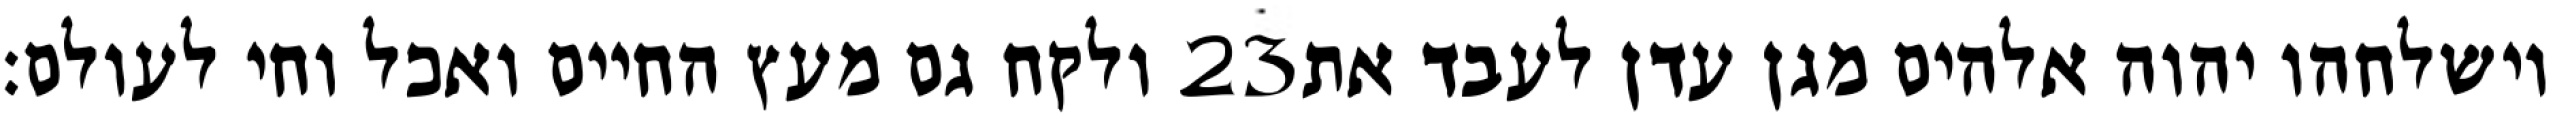
ולקח גם מעץ החיים ואכל וחי לעולם׃ ‎23‏ וישלחהו יהוה אלהים מגן עדן לעבד את